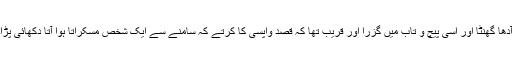
آدھا گھنٹا اور اسی پیچ و تاب میں گزرا اور قریب تھا کہ قصد واپسی کا کرتے کہ سامنے سے ایک شخص مسکراتا ہوا آتا دکھائی پڑا۔